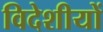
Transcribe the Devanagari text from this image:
विदेशीयों